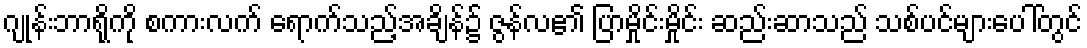
ဂျုန်းဘာရိုကို စကားလက် ရောက်သည့်အချိန်၌ ဇွန်လ၏ ပြာမှိုင်းမှိုင်း ဆည်းဆာသည် သစ်ပင်များပေါ်တွင်